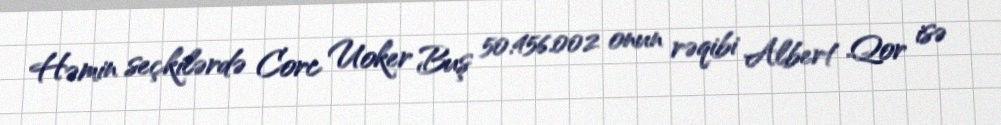
Həmin seçkilərdə Corc Uoker Buş 50.456.002 onun rəqibi Albert Qor isə